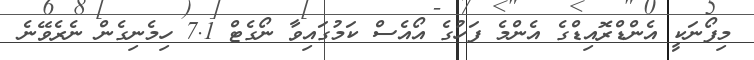
މިފޯނަކީ އެންޑްރޮއިޑްގެ އެންމެ ފަހުގެ އޯއެސް ކަމުގައިވާ ނޯގެޓް 7.1 ހިމެނިގެން ނެރެވޭނެ